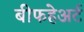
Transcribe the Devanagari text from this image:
बीफहेअर्ट